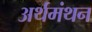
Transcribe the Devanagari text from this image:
अर्थमंथन